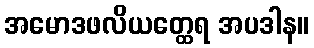
အမောဒဖလိယတ္ထေရ အပဒါန။